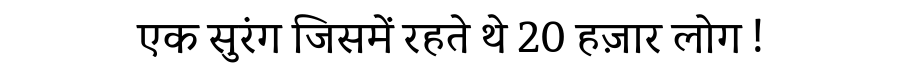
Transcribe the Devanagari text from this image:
एक सुरंग जिसमें रहते थे 20 हज़ार लोग !